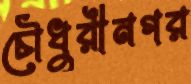
চৌধুরীনগর